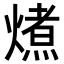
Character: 𭵽